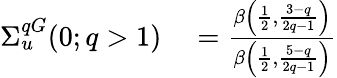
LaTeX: \begin{array}{rl}{\Sigma_{u}^{qG}(0;q>1)}&{{}=\frac{\beta\left(\frac{1}{2},\frac{3-q}{2q-1}\right)}{\beta\left(\frac{1}{2},\frac{5-q}{2q-1}\right)}}\end{array}